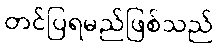
တင်ပြရမည်ဖြစ်သည်